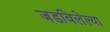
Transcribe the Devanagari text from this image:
जडविलेल्या